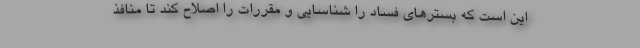
این است که بسترهای فساد را شناسایی و مقررات را اصلاح کند تا منافذ